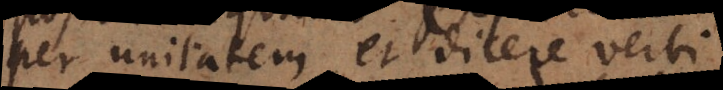
per unitatem, et dicere verbi